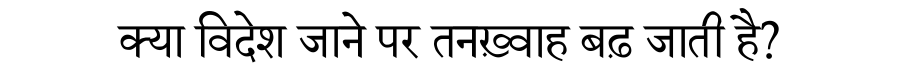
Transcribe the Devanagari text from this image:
क्या विदेश जाने पर तनख़्वाह बढ़ जाती है?